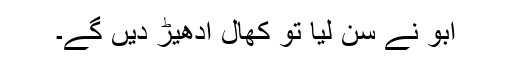
ابو نے سن لیا تو کھال ادھیڑ دیں گے۔